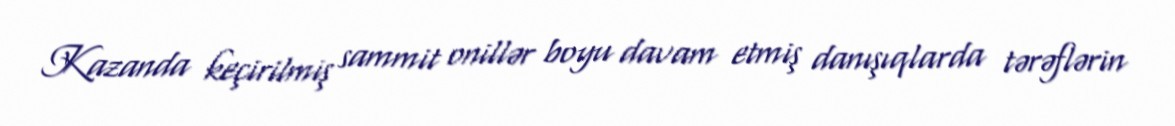
Kazanda keçirilmiş sammit onillər boyu davam etmiş danışıqlarda tərəflərin